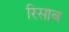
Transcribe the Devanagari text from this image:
रिसाब